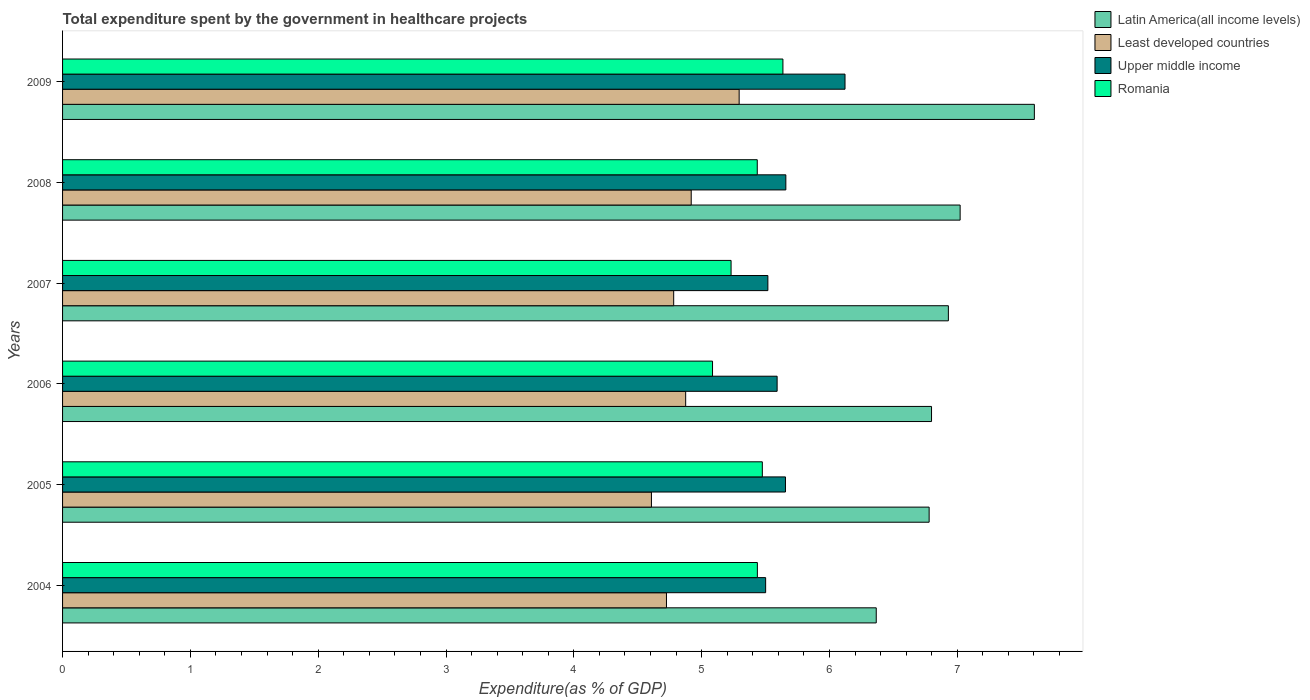
| Years | Latin America(all income levels) | Least developed countries | Upper middle income | Romania |
 | --- | --- | --- | --- | --- |
 | 2004 | 6.37 | 4.72 | 5.5 | 5.44 |
 | 2005 | 6.78 | 4.61 | 5.66 | 5.48 |
 | 2006 | 6.8 | 4.88 | 5.59 | 5.09 |
 | 2007 | 6.93 | 4.78 | 5.52 | 5.23 |
 | 2008 | 7.02 | 4.92 | 5.66 | 5.44 |
 | 2009 | 7.6 | 5.29 | 6.12 | 5.64 |